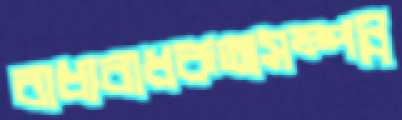
বাধ্যবাধকতাসম্পন্ন